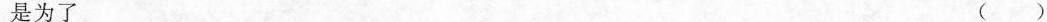
是为了 (）